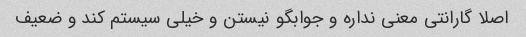
اصلا گارانتی معنی نداره و جوابگو نیستن و خیلی سیستم کند و ضعیف